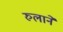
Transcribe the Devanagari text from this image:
रुलाने